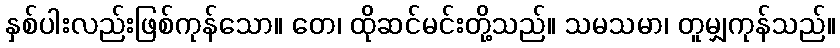
နှစ်ပါးလည်းဖြစ်ကုန်သော။ တေ၊ ထိုဆင်မင်းတို့သည်။ သမသမာ၊ တူမျှကုန်သည်။